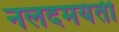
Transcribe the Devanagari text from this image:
नलदमयंती